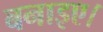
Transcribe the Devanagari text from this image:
बनाइए।